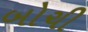
બોચી